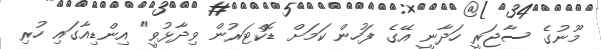
މޫނުގެ ސާޖަރީ ހަދާނީ އޭގެ ފަހުން ކަމަށް ޑޮކްޓަރުން ވިދާޅުވީ" އިންޑިއާގައި ހުރި